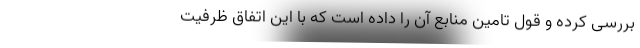
بررسی کرده و قول تامین منابع آن را داده است که با این اتفاق ظرفیت